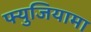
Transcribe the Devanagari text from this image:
फ्युजियामा